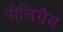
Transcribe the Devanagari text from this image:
पोलिग्रैम